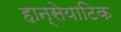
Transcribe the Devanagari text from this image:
हान्सेयाटिक